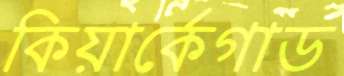
কিয়ার্কেগাড